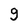
Character: g